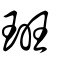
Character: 班